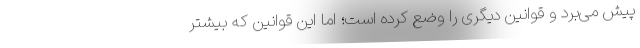
پیش می‌برد و قوانین دیگری را وضع کرده است؛ اما این قوانین که بیشتر